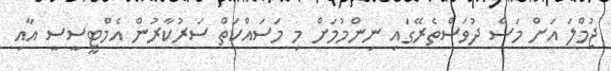
ޖުމްލަ އަށް މަސް ދުވަސްތެރޭގައި ނިންމުމަށް މި މަސައްކަތް ސަރުކާރުން އެމްޓީސީސީ އާއި